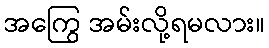
အကြွေ အမ်းလို့ရမလား။